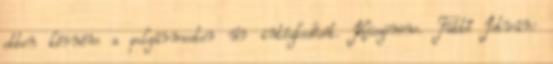
ebben kérném a polgármester úr intézkedését. Köszönöm. Tüttő István: